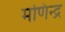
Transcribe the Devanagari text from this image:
मणिन्द्र